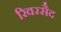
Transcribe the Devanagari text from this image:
रिवरसैद